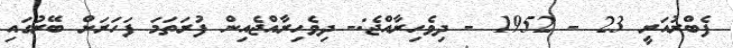
ފެބްރުއަރީ 23 - 1952 - ދިވެހިރާއްޖެ:- ދިވެހިރާއްޖެއިން ފުރަތަމަ ފަހަރަށް ބޭރުގައި